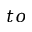
t o